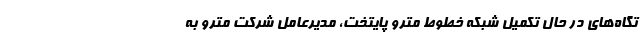
تگاه‌های در حال تکمیل شبکه خطوط مترو پایتخت، مدیرعامل شرکت مترو به